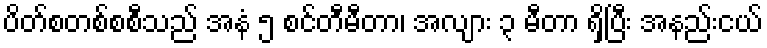
ပိတ်စတစ်စစီသည် အနံ ၅ စင်တီမီတာ၊ အလျား ၃ မီတာ ရှိပြီး အနည်းငယ်